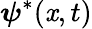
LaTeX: \boldsymbol{\psi}^{*}(\mathit{x},t)